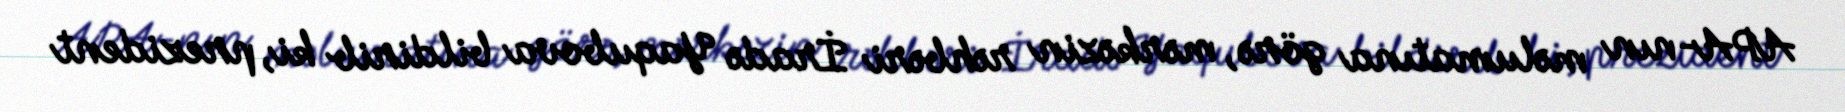
APA-nın məlumatına görə, mərkəzin rəhbəri İradə Yaqubova bildirib ki, prezident